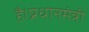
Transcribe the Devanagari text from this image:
है।प्रधानमंत्री